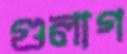
গুলাগ